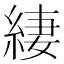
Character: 緀